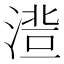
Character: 𱧾